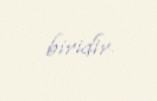
biridir.